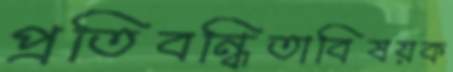
প্রতিবন্ধিতাবিষয়ক